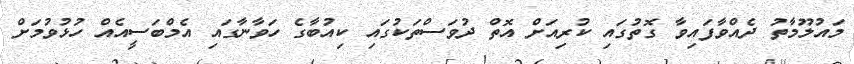
މައުލޫމާތު ދެއްވާފައިވާ ގޮތުގައި ކުރިއަށް އޮތް ދުވަސްތަކުގައި ކިއުބާގެ ހަވާނާގައި އެމްބަސީއެއް ހުޅުވުމަށް